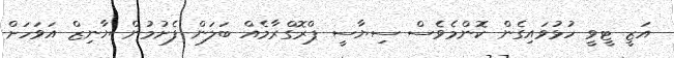
އަޒީ ޓީވީ ހުޅުވައިގެން ކޮންމެވެސް ސިޔާސީ ޕްރޮގްރާމެއް ބަލަން ފެށުމުން ޔާނިޒް އަވަހަށް